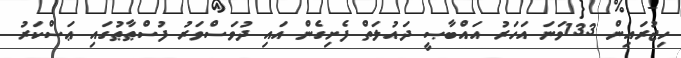
ހިޖުރައިން 133ވަނަ އަހަރު އައްބާޞީ ދައުލަތް ފެށިގެން އައި ދުވަސްވަރު ފުސްޠާޠުގައި ޢަސްކަރު